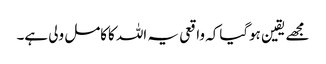
مجھے یقین ہوگیاکہ واقعی یہ اللہ کاکامل ولی ہے۔